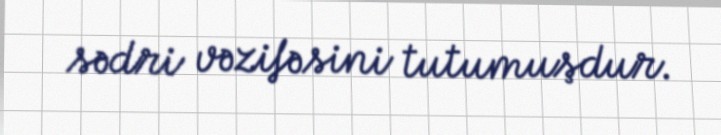
sədri vəzifəsini tutumuşdur.